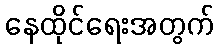
နေထိုင်ရေးအတွက်